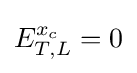
E_{T,L}^{x_{c}}=0